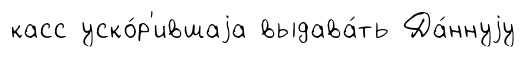
касс уско́р'ившаjа выдава́ть Да́ннуjу